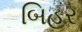
બિહર